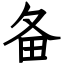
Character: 备